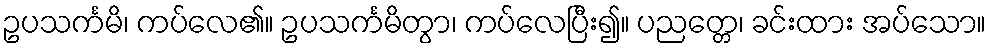
ဥပသင်္ကမိ၊ ကပ်လေ၏။ ဥပသင်္ကမိတွာ၊ ကပ်လေပြီး၍။ ပညတ္တေ၊ ခင်းထား အပ်သော။